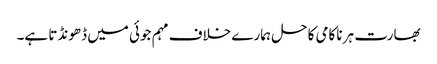
بھارت ہر ناکامی کا حل ہمارے خلاف مہم جوئی میں ڈھونڈتا ہے۔